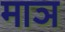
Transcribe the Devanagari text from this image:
माञ